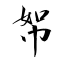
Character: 帤